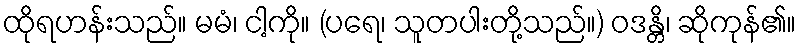
ထိုရဟန်းသည်။ မမံ၊ ငါ့ကို။ (ပရေ၊ သူတပါးတို့သည်။) ဝဒန္တိ၊ ဆိုကုန်၏။